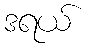
ဒရယ်